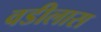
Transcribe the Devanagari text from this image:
वडीलास